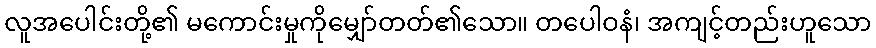
လူအပေါင်းတို့၏ မကောင်းမှုကိုမျှော်တတ်၏သော။ တပေါဝနံ၊ အကျင့်တည်းဟူသော